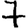
Digit: 7